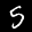
Label: 5